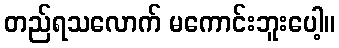
တည်ရသလောက် မကောင်းဘူးပေါ့။